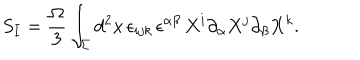
S _ { I } = { \frac { \Omega } { 3 } } \int _ { \Sigma } d ^ { 2 } x \, \epsilon _ { i j k } \, \epsilon ^ { \alpha \beta } \, X ^ { i } \partial _ { \alpha } X ^ { j } \partial _ { \beta } X ^ { k } .